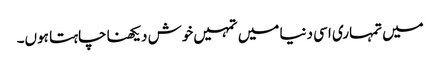
میں تمہاری اسی دنیا میں تمہیں خوش دیکھنا چاہتا ہوں۔